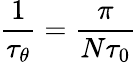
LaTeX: \frac{1}{\tau_{\theta}}=\frac{\pi}{N\tau_{0}}